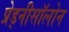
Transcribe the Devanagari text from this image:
प्रेड्नीसॉलोन